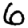
Digit: 6